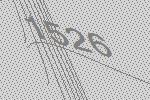
1526